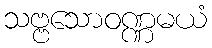
သဗ္ဗသောဝဏ္ဏမယံ